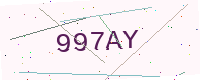
Text: 997AY